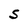
Character: S